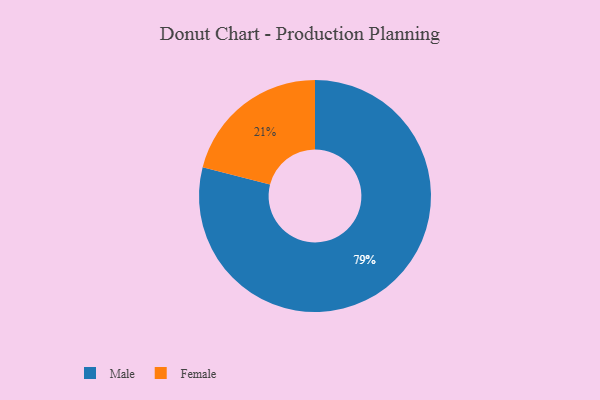
{"axis": {"x": "Category", "y": "Percentage"}, "legend": ["Female", "Male"], "data": [{"x": "Male", "y": 79, "type": "Male"}, {"x": "Female", "y": 21, "type": "Female"}]}